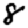
Digit: 8